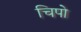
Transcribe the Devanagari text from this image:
चिपो